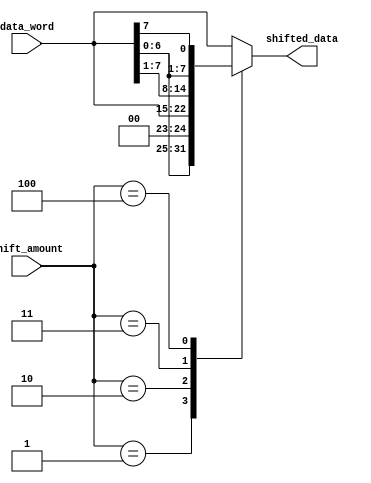
module barrel_shifter (
    input [7:0] data_word,
    input [3:0] shift_amount,
    output reg [7:0] shifted_data
);

always @(*) begin
    case(shift_amount)
        4'b0000: shifted_data = data_word; // No shift
        4'b0001: shifted_data = data_word << 1; // Left shift by 1
        4'b0010: shifted_data = data_word >> 1; // Right shift by 1
        4'b0011: shifted_data = {data_word[0], data_word[7:1]}; // Circular shift left by 1
        4'b0100: shifted_data = {data_word[6:0], data_word[7]}; // Circular shift right by 1
        // Add cases for performing different types of shifts based on shift_amount
        default: shifted_data = data_word; // No shift by default
    endcase
end

endmodule